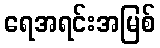
ရေအရင်းအမြစ်